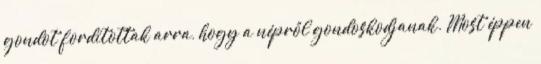
gondot fordítottak arra, hogy a népről gondoskodjanak. Most éppen